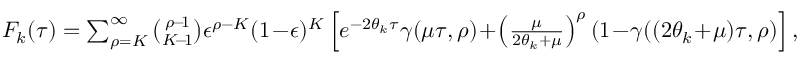
\begin{array} { r } { F _ { k } ( \tau ) = \sum _ { \rho = K } ^ { \infty } \binom { \rho \! - \! 1 } { K \! - \! 1 } \epsilon ^ { \rho - K } ( 1 \! - \! \epsilon ) ^ { K } \left[ e ^ { - 2 \theta _ { k } \tau } \gamma ( \mu \tau , \rho ) \! + \! \left( \frac { \mu } { 2 \theta _ { k } + \mu } \right) ^ { \rho } ( 1 \! - \! \gamma ( ( 2 \theta _ { k } \! + \! \mu ) \tau , \rho ) \right] , } \end{array}